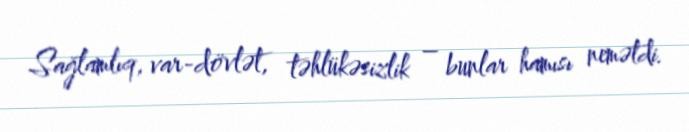
Sağlamlıq, var-dövlət, təhlükəsizlik – bunlar hamısı nemətdi.